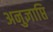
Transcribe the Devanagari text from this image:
अनुज्ञाप्ति